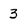
Character: 3